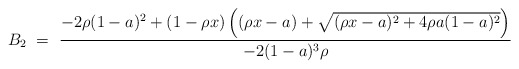
\begin{align*}B_2\ =\ {\displaystyle {- 2 \rho (1 - a)^2+ (1 - \rho x) \left((\rho x - a) +\sqrt{(\rho x - a)^2 + 4 \rho a (1 - a)^2}\right)\over- 2 (1 - a)^3 \rho}} \end{align*}